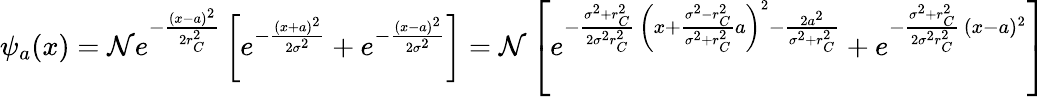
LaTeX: \psi_{a}(x)={\cal{N}}e^{-{\frac{(x-a)^{2}}{2r_{C}^{2}}}}\left[e^{-{\frac{(x+a)^{2}}{2\sigma^{2}}}}+e^{-{\frac{(x-a)^{2}}{2\sigma^{2}}}}\right]={\cal{N}}\left[e^{-{\frac{\sigma^{2}+r_{C}^{2}}{2\sigma^{2}r_{C}^{2}}}\, \left(x+{\frac{\sigma^{2}-r_{C}^{2}}{\sigma^{2}+r_{C}^{2}}}a\right)^{2}-{\frac{2a^{2}}{\sigma^{2}+r_{C}^{2}}}}+e^{-{\frac{\sigma^{2}+r_{C}^{2}}{2\sigma^{2}r_{C}^{2}}}\, (x-a)^{2}}\right]